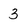
Character: 3